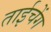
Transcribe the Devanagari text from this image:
ताईचेंग